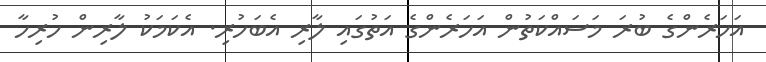
އަހަރެންގެ ބުރަ މަސައްކަތުން އަހަރެންގެ އަތުގައި ލާރި އެބަހުރި. އެކަމަކު ލާރިން ހުރިހާ